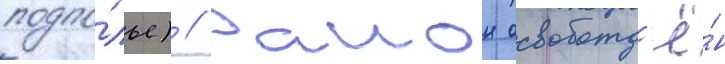
подпо́лье) // Раион освобожд'ё́н